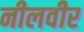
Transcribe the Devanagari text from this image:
नीलवीर